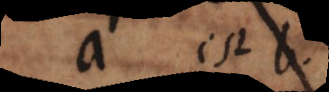
a est b